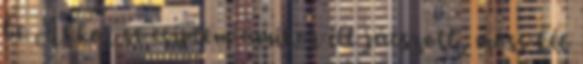
be Akkor se csíptem amikor itt játszott, most két